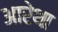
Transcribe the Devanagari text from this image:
आरेथा